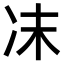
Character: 𠖾